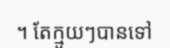
។ តែក្មួយៗបានទៅ